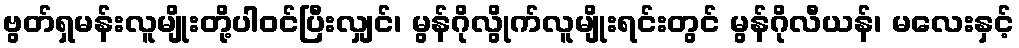
ဗွတ်ရှမန်းလူမျိုးတို့ပါဝင်ပြီးလျှင်၊ မွန်ဂိုလွိုက်လူမျိုးရင်းတွင် မွန်ဂိုလီယန်၊ မလေးနှင့်